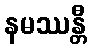
နမဿန္တီ